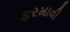
ફરમાવી